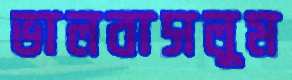
ভালবাসলুম